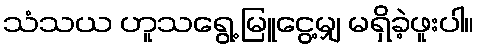
သံသယ ဟူသရွေ့ မြူငွေ့မျှ မရှိခဲ့ဖူးပါ။